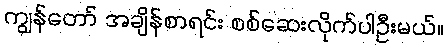
ကျွန်တော် အချိန်စာရင်း စစ်ဆေးလိုက်ပါဦးမယ်။